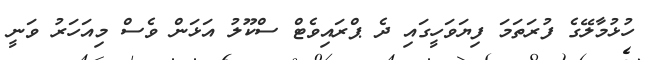
ހުޅުމާލޭގެ ފުރަތަމަ ފިޔަަވަހީގައި ދެ ޕްރައިވެޓް ސްކޫލު އަޅަން ވެސް މިއަަހަރު ވަނީ